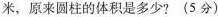
米，原来圆柱的体积是多少?(5分)